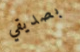
بصديقي